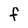
Character: f